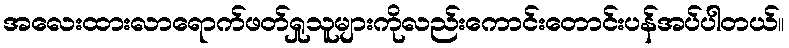
အလေးထားလာရောက်ဖတ်ရှုသူများကိုလည်းကောင်းတောင်းပန်အပ်ပါတယ်။